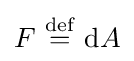
F\ {\stackrel {\mathrm {def} }{=}}\ \mathrm {d} A